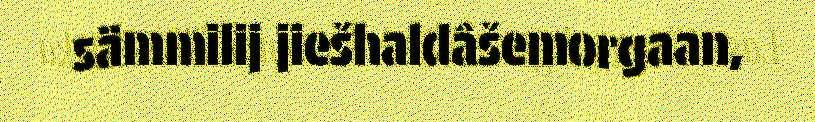
sämmilij jiešhaldâšemorgaan,